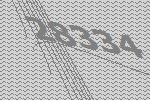
28334